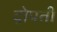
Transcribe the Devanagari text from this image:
द्रोपती